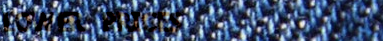
LOWER PRICES